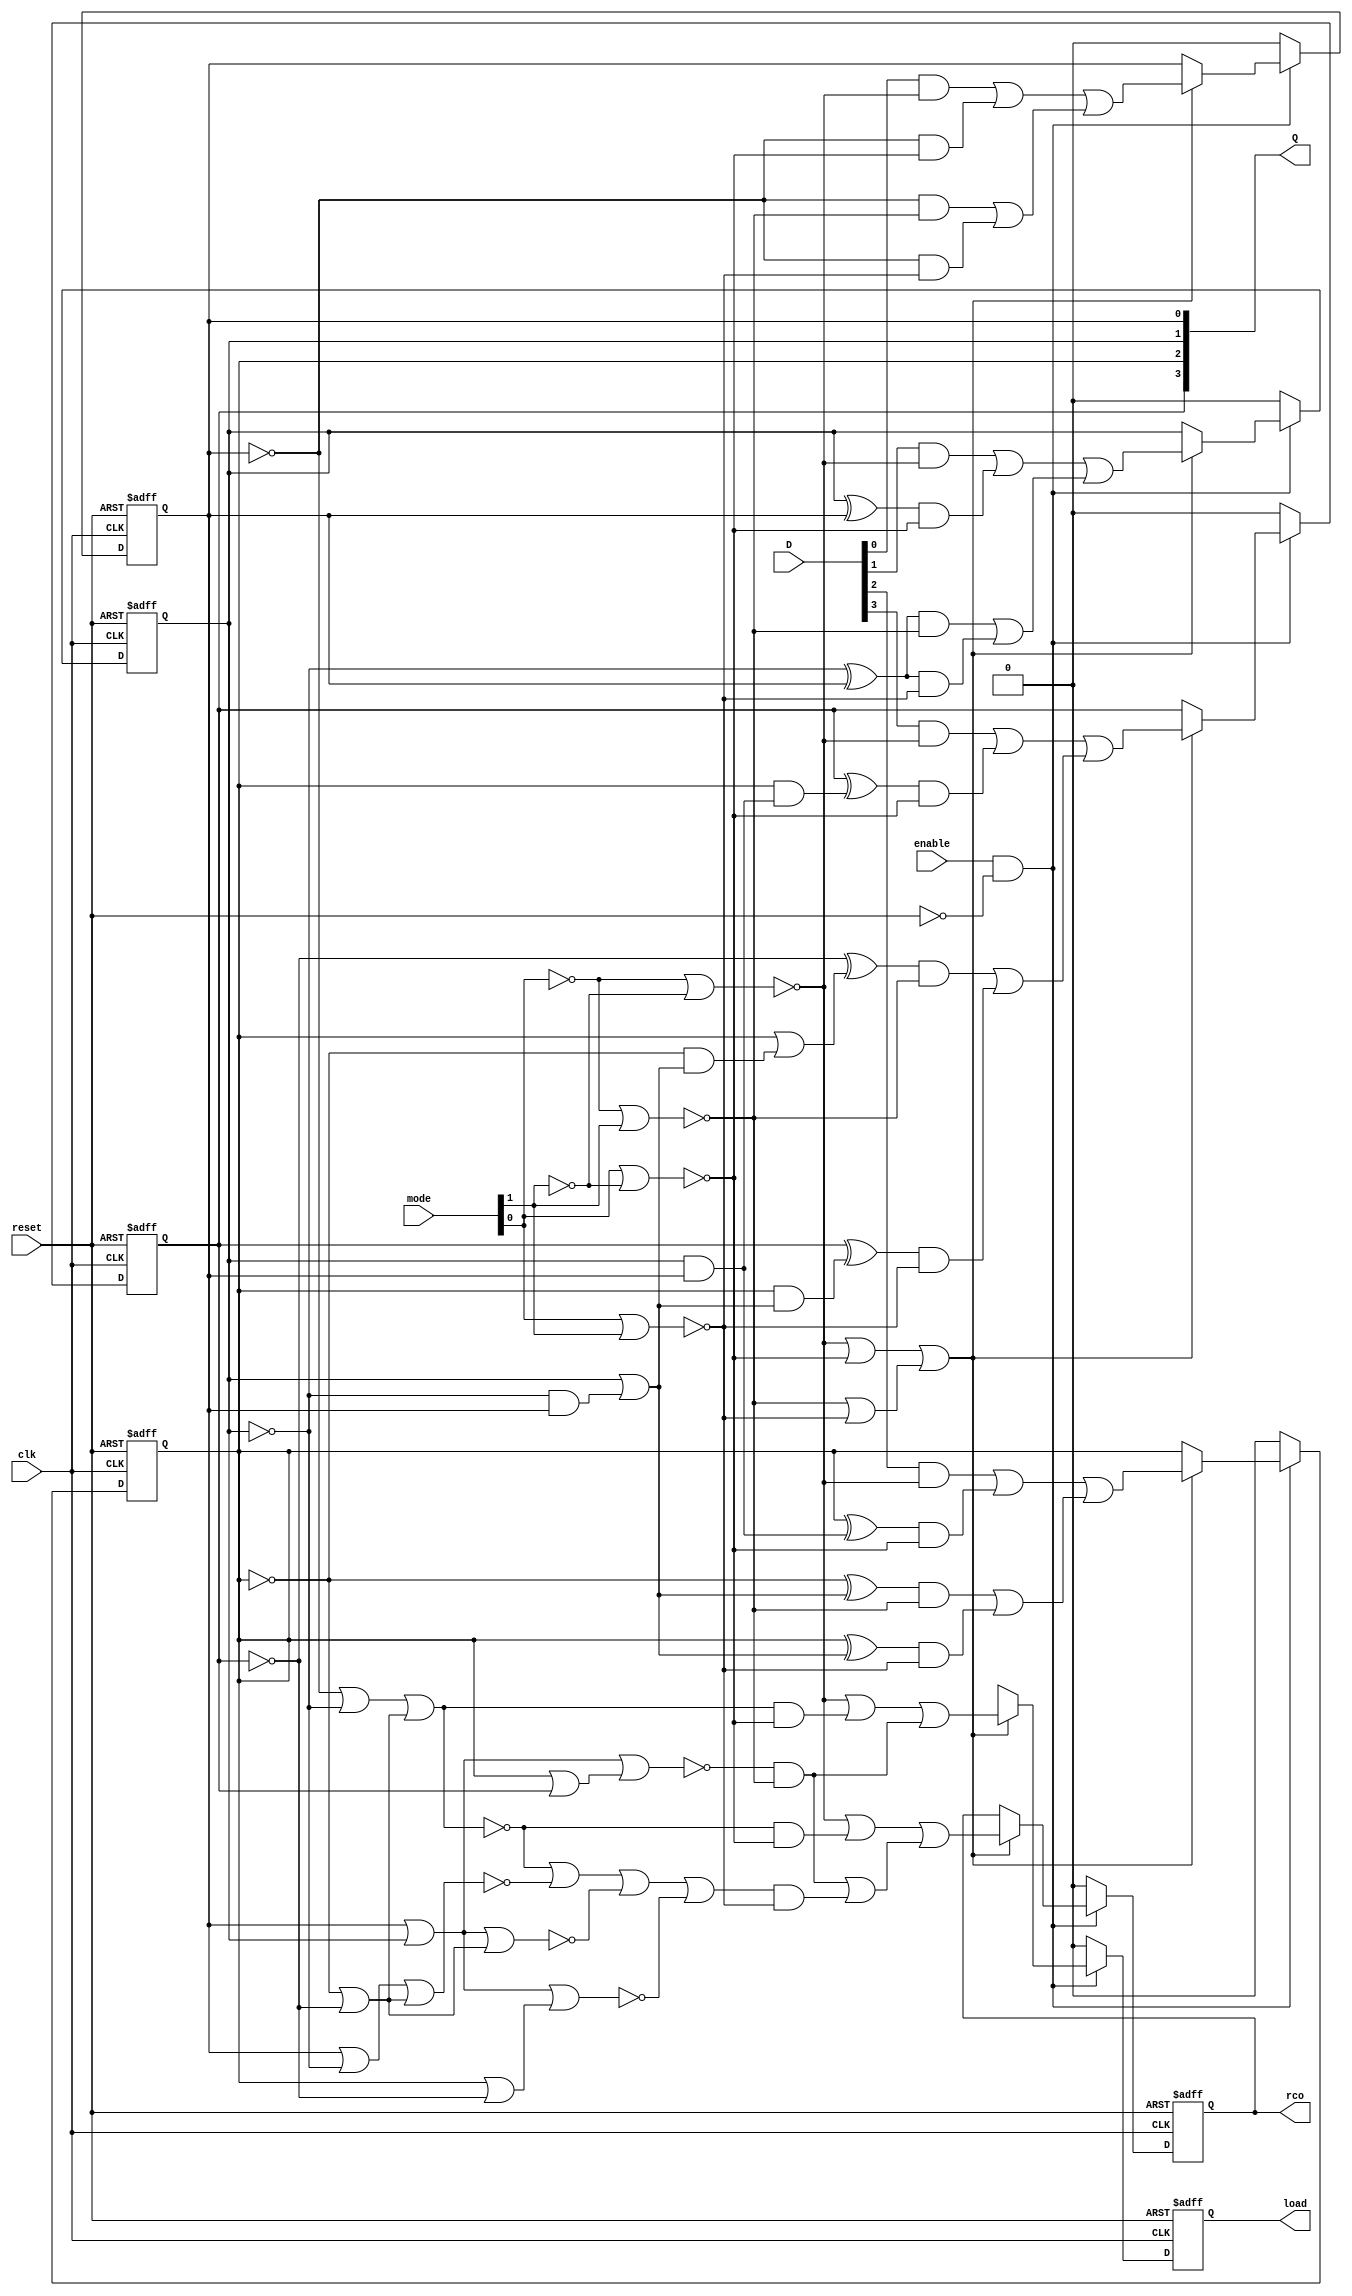
/* Generated by Yosys 0.7 (git sha1 61f6811, gcc 6.2.0-11ubuntu1 -O2 -fdebug-prefix-map=/build/yosys-OIL3SR/yosys-0.7=. -fstack-protector-strong -fPIC -Os) */


module counterA_module(enable, clk, reset, mode, D, load, rco, Q);
  wire [3:0] _000_;
  wire _001_;
  wire _002_;
  wire _003_;
  wire _004_;
  wire _005_;
  wire [31:0] _006_;
  wire [31:0] _007_;
  wire [1:0] _008_;
  wire [1:0] _009_;
  wire [1:0] _010_;
  wire [1:0] _011_;
  wire [1:0] _012_;
  wire [1:0] _013_;
  wire [1:0] _014_;
  wire [1:0] _015_;
  wire [1:0] _016_;
  wire [1:0] _017_;
  wire [1:0] _018_;
  wire [1:0] _019_;
  wire _020_;
  wire _021_;
  wire [3:0] _022_;
  wire [1:0] _023_;
  wire _024_;
  wire _025_;
  wire _026_;
  wire _027_;
  wire _028_;
  wire _029_;
  wire _030_;
  wire _031_;
  wire _032_;
  wire _033_;
  wire _034_;
  wire _035_;
  wire _036_;
  wire _037_;
  wire _038_;
  wire _039_;
  wire _040_;
  wire _041_;
  wire [3:0] _042_;
  wire _043_;
  wire [3:0] _044_;
  wire _045_;
  wire _046_;
  wire [15:0] _047_;
  wire [3:0] _048_;
  wire [3:0] _049_;
  wire [31:0] _050_;
  wire [31:0] _051_;
  wire [31:0] _052_;
  wire _053_;
  wire [31:0] _054_;
  wire _055_;
  wire _056_;
  input [3:0] D;
  output [3:0] Q;
  reg [3:0] Q;
  input clk;
  input enable;
  output load;
  reg load;
  input [1:0] mode;
  output rco;
  reg rco;
  input reset;
  assign _008_[0] = Q[0] | _022_[1];
  assign _024_ = _008_[0] | _008_[1];
  assign _025_ = _009_[0] | _008_[1];
  assign _010_[1] = Q[2] | _022_[3];
  assign _026_ = _009_[0] | _010_[1];
  assign _011_[0] = _006_[0] | _022_[1];
  assign _008_[1] = _022_[2] | _022_[3];
  assign _005_ = _011_[0] | _008_[1];
  assign _027_ = _023_[0] | _023_[1];
  assign _028_ = mode[0] | _023_[1];
  assign _029_ = _023_[0] | mode[1];
  assign _012_[0] = _042_[0] | _042_[1];
  assign _043_ = _012_[0] | _012_[1];
  assign _053_ = _013_[0] | _013_[1];
  assign _014_[0] = _042_[0] | _044_[1];
  assign _014_[1] = _012_[1] | _044_[3];
  assign _045_ = _014_[0] | _014_[1];
  assign _015_[0] = _047_[2] | _047_[6];
  assign _015_[1] = _047_[10] | _047_[14];
  assign _048_[2] = _015_[0] | _015_[1];
  assign _016_[0] = _047_[3] | _047_[7];
  assign _016_[1] = _047_[11] | _047_[15];
  assign _048_[3] = _016_[0] | _016_[1];
  assign _017_[0] = _047_[1] | _047_[5];
  assign _017_[1] = _047_[9] | _047_[13];
  assign _048_[1] = _017_[0] | _017_[1];
  assign _018_[0] = _047_[0] | _047_[4];
  assign _018_[1] = _047_[8] | _047_[12];
  assign _048_[0] = _018_[0] | _018_[1];
  assign _013_[0] = _042_[0] | _039_;
  assign _013_[1] = _040_ | _041_;
  assign _009_[0] = Q[0] | Q[1];
  assign _019_[1] = Q[2] | Q[3];
  assign _020_ = _009_[0] | _019_[1];
  assign _021_ = mode[0] | mode[1];
  assign _033_ = ~_024_;
  assign _034_ = ~_025_;
  assign _031_ = ~_026_;
  assign _004_ = ~_020_;
  assign _032_ = ~_005_;
  assign _042_[0] = ~_027_;
  assign _039_ = ~_028_;
  assign _040_ = ~_029_;
  assign _041_ = ~_021_;
  assign _035_ = enable & _030_;
  assign _038_ = _032_ | _033_;
  assign _036_ = _038_ | _034_;
  assign _037_ = _036_ | _031_;
  assign _001_ = _035_ ? _003_ : 1'b0;
  assign _002_ = _035_ ? _046_ : 1'b0;
  assign _000_[0] = _035_ ? _049_[0] : 1'b0;
  assign _000_[1] = _035_ ? _049_[1] : 1'b0;
  assign _000_[2] = _035_ ? _049_[2] : 1'b0;
  assign _000_[3] = _035_ ? _049_[3] : 1'b0;
  assign _003_ = _053_ ? _043_ : 1'bx;
  assign _046_ = _053_ ? _045_ : rco;
  assign _049_[0] = _053_ ? _048_[0] : Q[0];
  assign _049_[1] = _053_ ? _048_[1] : Q[1];
  assign _049_[2] = _053_ ? _048_[2] : Q[2];
  assign _049_[3] = _053_ ? _048_[3] : Q[3];
  assign _030_ = ~reset;
  always @(posedge clk or posedge reset)
    if (reset)
      Q[0] <= 0;
    else
      Q[0] <= _000_[0];
  always @(posedge clk or posedge reset)
    if (reset)
      Q[1] <= 0;
    else
      Q[1] <= _000_[1];
  always @(posedge clk or posedge reset)
    if (reset)
      Q[2] <= 0;
    else
      Q[2] <= _000_[2];
  always @(posedge clk or posedge reset)
    if (reset)
      Q[3] <= 0;
    else
      Q[3] <= _000_[3];
  always @(posedge clk or posedge reset)
    if (reset)
      load <= 0;
    else
      load <= _001_;
  always @(posedge clk or posedge reset)
    if (reset)
      rco <= 0;
    else
      rco <= _002_;
  assign _051_[2] = Q[2] & _051_[1];
  assign _051_[1] = Q[1] | _055_;
  assign _055_ = _022_[1] & Q[0];
  assign _056_ = _022_[2] & _051_[1];
  assign _054_[2] = Q[2] | _056_;
  assign _052_[1] = Q[1] & Q[0];
  assign _052_[2] = Q[2] & _052_[1];
  assign _022_[2] = Q[2] ^ 1'b1;
  assign _023_[1] = mode[1] ^ 1'b1;
  assign _023_[0] = mode[0] ^ 1'b1;
  assign _042_[1] = _005_ & _039_;
  assign _044_[3] = _037_ & _041_;
  assign _012_[1] = _004_ & _040_;
  assign _044_[1] = _032_ & _039_;
  assign _047_[12] = _006_[0] & _041_;
  assign _047_[13] = _006_[1] & _041_;
  assign _047_[14] = _006_[2] & _041_;
  assign _047_[15] = _006_[3] & _041_;
  assign _047_[8] = _006_[0] & _040_;
  assign _047_[9] = _006_[1] & _040_;
  assign _047_[10] = _050_[2] & _040_;
  assign _047_[11] = _050_[3] & _040_;
  assign _047_[4] = _006_[0] & _039_;
  assign _047_[5] = _007_[1] & _039_;
  assign _047_[6] = _007_[2] & _039_;
  assign _047_[7] = _007_[3] & _039_;
  assign _047_[0] = D[0] & _042_[0];
  assign _047_[1] = D[1] & _042_[0];
  assign _047_[2] = D[2] & _042_[0];
  assign _047_[3] = D[3] & _042_[0];
  assign _006_[0] = Q[0] ^ 1'b1;
  assign _022_[1] = Q[1] ^ 1'b1;
  assign _006_[1] = _022_[1] ^ Q[0];
  assign _006_[2] = Q[2] ^ _051_[1];
  assign _006_[3] = Q[3] ^ _051_[2];
  assign _022_[3] = Q[3] ^ 1'b1;
  assign _050_[2] = _022_[2] ^ _051_[1];
  assign _050_[3] = _022_[3] ^ _054_[2];
  assign _007_[1] = Q[1] ^ Q[0];
  assign _007_[2] = Q[2] ^ _052_[1];
  assign _007_[3] = Q[3] ^ _052_[2];
endmodule